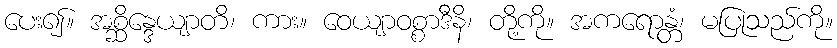
ပေး၍။ အစ္ဆိန္ဒေယျာတိ၊ ကား။ ဝေယျာဝစ္စာဒီနိ၊ တို့ကို။ အကရောန္တံ၊ မပြုသည်ကို။